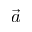
\vec { a }